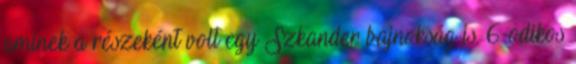
aminek a részeként volt egy Szkander bajnokság is. 6-odikos